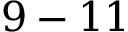
9 - 1 1